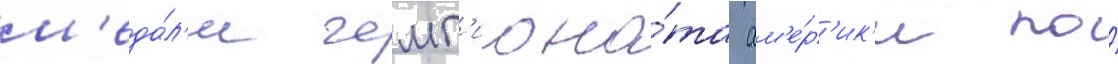
м'еда́л'и чемп'иона́та ам'е́р'ик'и по́